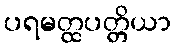
ပရမတ္ထပတ္တိယာ